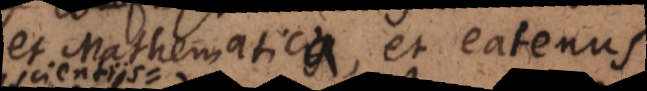
et Mathematica, et eatenus